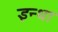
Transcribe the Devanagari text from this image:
इन्धा